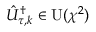
\hat { U } _ { \tau , k } ^ { \dag } \in \operatorname { U } ( \chi ^ { 2 } )